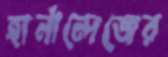
হার্নান্দেজের